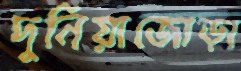
দুনিয়াজোড়া